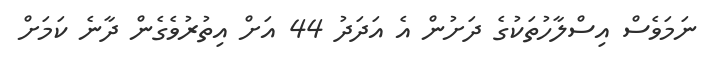
ނަމަވެސް އިސްލާހުތަކުގެ ދަށުން އެ އަދަދު 44 އަށް އިތުރުވެގެން ދާނެ ކަމަށް